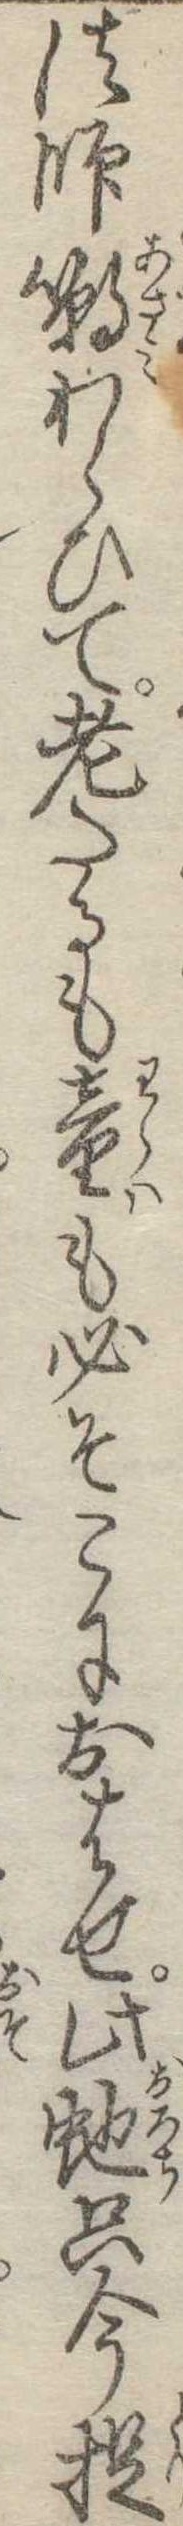
法師嘲わらひて老たるも童も必そこにおはせ此蛇只今捉